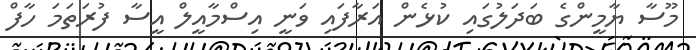
މޫސާ ޔާމީންގެ ބަދަލުގައި ކުޅެން އަރާފައި ވަނީ އިސްމާއީލް އީސާ ފުރަތަމަ ހާފް